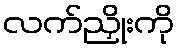
လက်ညှိုးကို